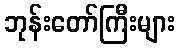
ဘုန်းတော်ကြီးများ